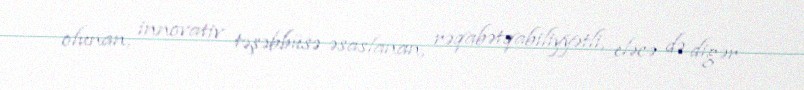
olunan, innovativ təşəbbüsə əsaslanan, rəqabətqabiliyyətli, eləcə də digər